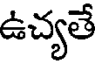
ఉచ్యతే